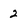
Character: 2